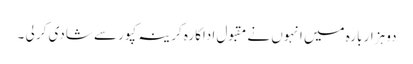
دو ہزار بارہ میں انہوں نے مقبول اداکارہ کرینہ کپور سے شادی کر لی ۔